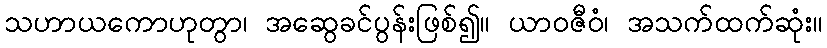
သဟာယကောဟုတွာ၊ အဆွေခင်ပွန်းဖြစ်၍။ ယာဝဇီဝံ၊ အသက်ထက်ဆုံး။